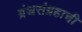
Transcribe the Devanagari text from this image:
ग्रंथसंग्रहाची